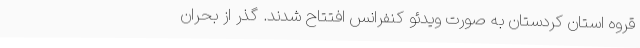
قروه استان کردستان به صورت ویدئو کنفرانس افتتاح شدند. گذر از بحران